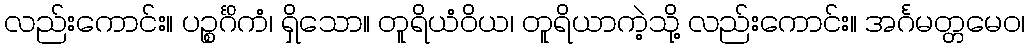
လည်းကောင်း။ ပဉ္စင်္ဂိကံ၊ ရှိသော။ တူရိယံဝိယ၊ တူရိယာကဲ့သို့ လည်းကောင်း။ အင်္ဂမတ္တမေဝ၊